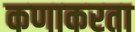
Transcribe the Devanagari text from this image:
कणाकरता